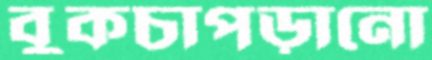
বুকচাপড়ানো